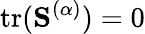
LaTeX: \textrm{tr}(\mathbf{S}^{(\alpha)})=0